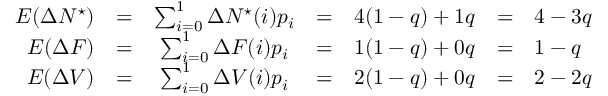
\begin{array} { r c c c c c l } { E ( \Delta N ^ { \star } ) } & { = } & { \sum _ { i = 0 } ^ { 1 } \Delta N ^ { \star } ( i ) p _ { i } } & { = } & { 4 ( 1 - q ) + 1 q } & { = } & { 4 - 3 q } \\ { E ( \Delta F ) } & { = } & { \sum _ { i = 0 } ^ { 1 } \Delta F ( i ) p _ { i } } & { = } & { 1 ( 1 - q ) + 0 q } & { = } & { 1 - q } \\ { E ( \Delta V ) } & { = } & { \sum _ { i = 0 } ^ { 1 } \Delta V ( i ) p _ { i } } & { = } & { 2 ( 1 - q ) + 0 q } & { = } & { 2 - 2 q } \end{array}